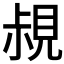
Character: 𧠪